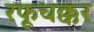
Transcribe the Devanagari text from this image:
रफूचक्कर